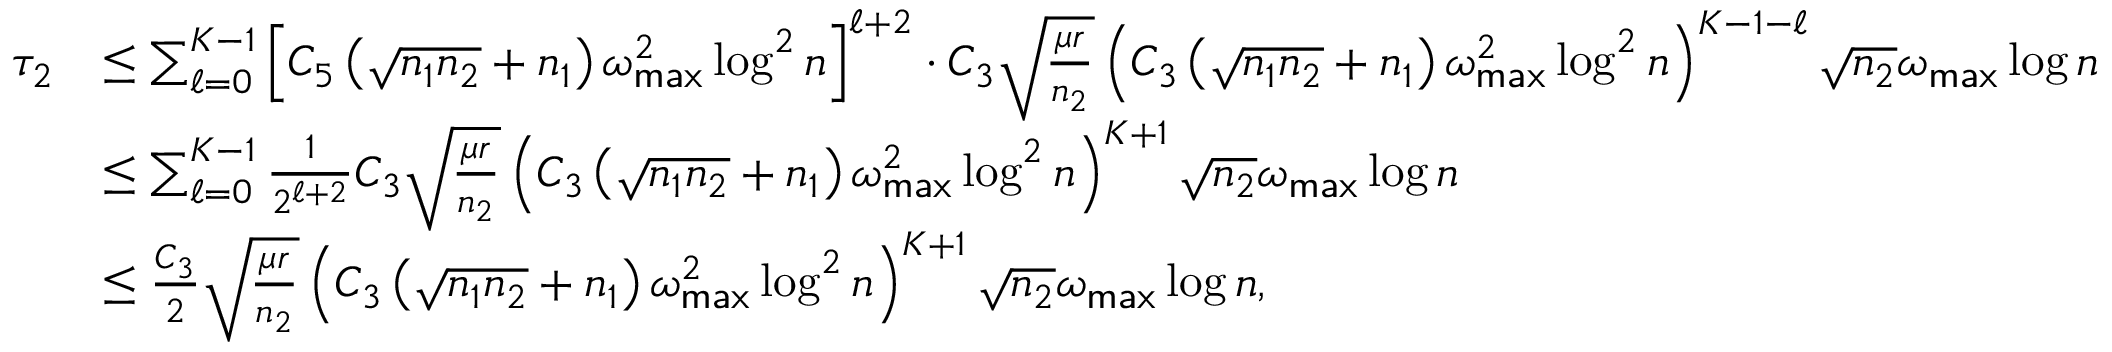
\begin{array} { r l } { \tau _ { 2 } } & { \leq \sum _ { \ell = 0 } ^ { K - 1 } \left[ C _ { 5 } \left( \sqrt { n _ { 1 } n _ { 2 } } + n _ { 1 } \right) \omega _ { \sf m a x } ^ { 2 } \log ^ { 2 } n \right] ^ { \ell + 2 } \cdot C _ { 3 } \sqrt { \frac { \mu r } { n _ { 2 } } } \left( C _ { 3 } \left( \sqrt { n _ { 1 } n _ { 2 } } + n _ { 1 } \right) \omega _ { \sf m a x } ^ { 2 } \log ^ { 2 } n \right) ^ { K - 1 - \ell } \sqrt { n _ { 2 } } \omega _ { \sf m a x } \log n } \\ & { \leq \sum _ { \ell = 0 } ^ { K - 1 } \frac { 1 } { 2 ^ { \ell + 2 } } C _ { 3 } \sqrt { \frac { \mu r } { n _ { 2 } } } \left( C _ { 3 } \left( \sqrt { n _ { 1 } n _ { 2 } } + n _ { 1 } \right) \omega _ { \sf m a x } ^ { 2 } \log ^ { 2 } n \right) ^ { K + 1 } \sqrt { n _ { 2 } } \omega _ { \sf m a x } \log n } \\ & { \leq \frac { C _ { 3 } } { 2 } \sqrt { \frac { \mu r } { n _ { 2 } } } \left( C _ { 3 } \left( \sqrt { n _ { 1 } n _ { 2 } } + n _ { 1 } \right) \omega _ { \sf m a x } ^ { 2 } \log ^ { 2 } n \right) ^ { K + 1 } \sqrt { n _ { 2 } } \omega _ { \sf m a x } \log n , } \end{array}